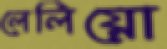
লেলিয়ো